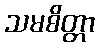
သမစိတ္တာ